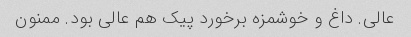
عالی. داغ و خوشمزه برخورد پیک هم عالی بود. ممنون